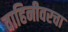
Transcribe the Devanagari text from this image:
वाहिनीवरचा